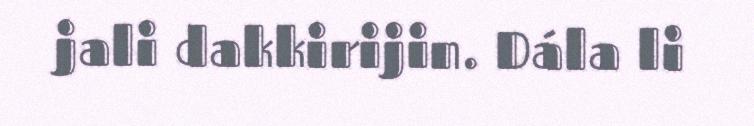
jali dakkirijin. Dála li